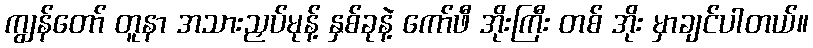
ကျွန်တော် တူနာ အသားညှပ်မုန့် နှစ်ခုနဲ့ ကော်ဖီ အိုးကြီး တစ် အိုး မှာချင်ပါတယ်။